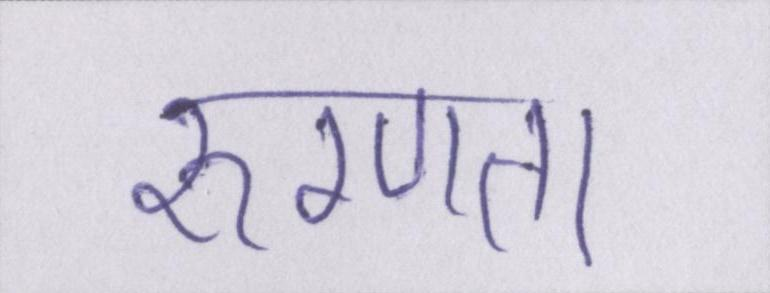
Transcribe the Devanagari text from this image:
रुग्णता